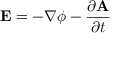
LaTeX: \mathbf { E } = - \nabla \phi - { \frac { \partial \mathbf { A } } { \partial t } }